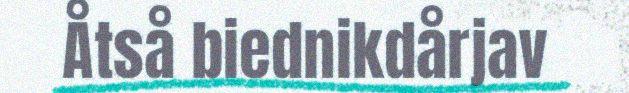
Åtså biednikdårjav